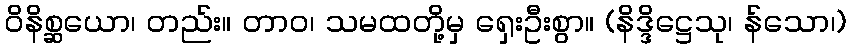
ဝိနိစ္ဆယော၊ တည်း။ တာဝ၊ သမထတို့မှ ရှေးဦးစွာ။ (နိဒ္ဒိဋ္ဌေသု၊ န်သော၊)